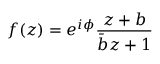
f ( z ) = e ^ { i \phi } { \frac { z + b } { { \bar { b } } z + 1 } }